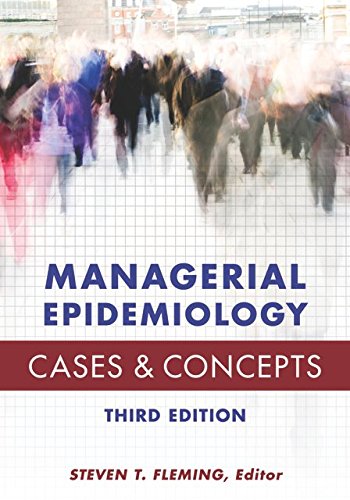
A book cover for Managerial Epidemiology: Cases and Concepts; Steven T. Fleming; Medical Books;